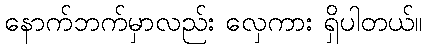
နောက်ဘက်မှာလည်း လှေကား ရှိပါတယ်။